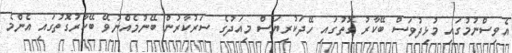
އެވިސްނުމުގައި މުޅިދުވަސް ބޭކާރު ގޮތުގައި ހޭދަކުރިޔަސް މިއަދުގެ ސަރުކާރުން ބޭނުމެއްނުވޭ ބޭކާރުގޮތުގައި އެންމެ